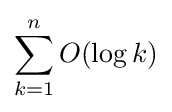
\sum _{k=1}^{n}O(\log k)